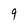
Character: 9